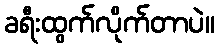
ခရီးထွက်လိုက်တာပဲ။